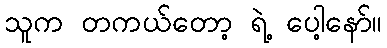
သူက တကယ်တော့ ရဲ့ ပေါ့နော်။